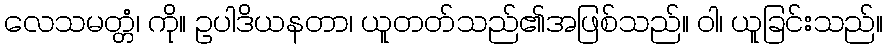
လေသမတ္တံ၊ ကို။ ဥပါဒိယနတာ၊ ယူတတ်သည်၏အဖြစ်သည်။ ဝါ၊ ယူခြင်းသည်။